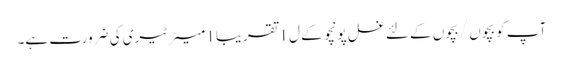
آپ کو بچوں / بچوں کے لئے غسل پونچو کے ل 1 تقریبا 1 میٹر ٹیری کی ضرورت ہے۔